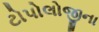
ટોપોલોજીના